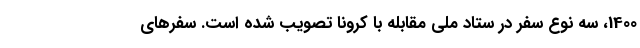
1400، سه نوع سفر در ستاد ملی مقابله با کرونا تصویب شده است. سفرهای